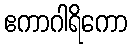
ဧကာဂါရိကော